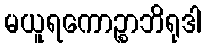
မယူရကောဉ္စာဘိရုဒါ